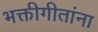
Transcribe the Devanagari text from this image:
भक्तीगीतांना